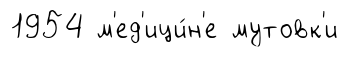
1954 м'ед'ици́н'е мутовк'и